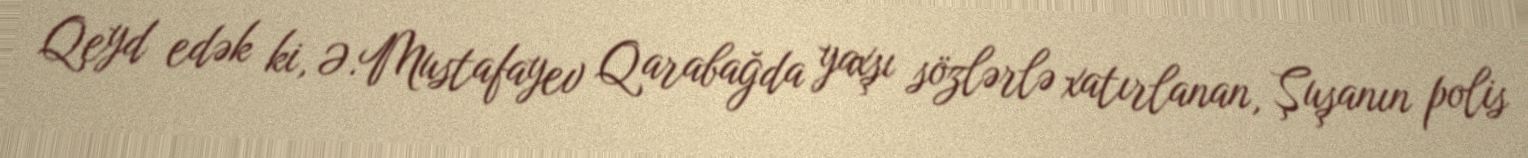
Qeyd edək ki, Ə.Mustafayev Qarabağda yaxşı sözlərlə xatırlanan, Şuşanın polis